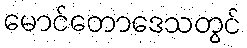
မောင်တောဒေသတွင်